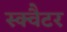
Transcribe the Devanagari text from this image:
स्क्वैटर